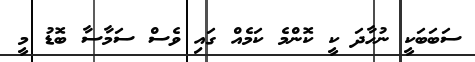
ސަބަބަކީ ނުހާދަ ކީ ކޮންމެ ކަމެއް ގައި ވެސް ސަމާސާ ބޮޑު މީ